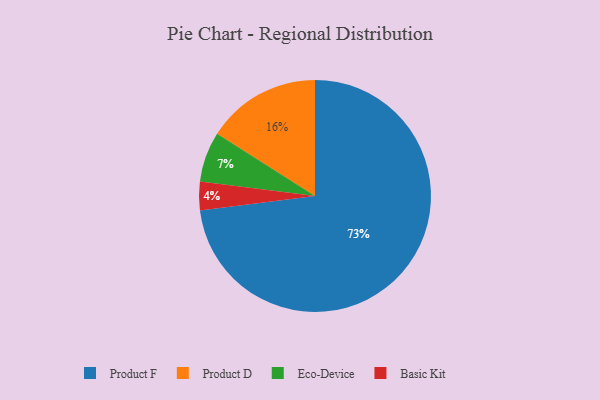
{"axis": {"x": "Category", "y": "Percentage"}, "legend": ["Basic Kit", "Eco-Device", "Product D", "Product F"], "data": [{"x": "Eco-Device", "y": 7, "type": "Eco-Device"}, {"x": "Product F", "y": 73, "type": "Product F"}, {"x": "Basic Kit", "y": 4, "type": "Basic Kit"}, {"x": "Product D", "y": 16, "type": "Product D"}]}